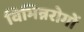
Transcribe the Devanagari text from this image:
विभिन्नरोगों